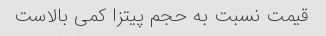
قیمت نسبت به حجم پیتزا کمی بالاست